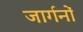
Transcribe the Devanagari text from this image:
जार्गनों